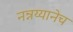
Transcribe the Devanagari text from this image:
नन्नय्यानेच